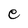
Character: e